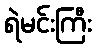
ရဲမင်းကြီး